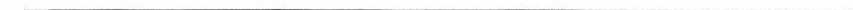
___